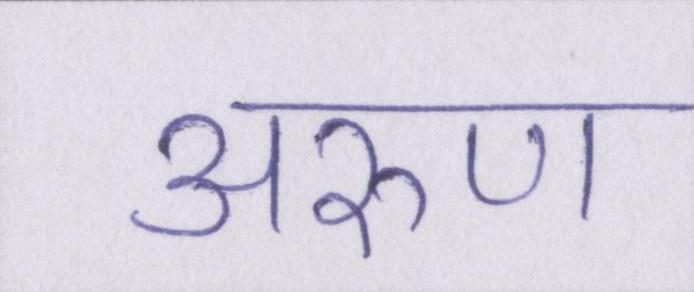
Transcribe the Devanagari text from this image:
अरुण